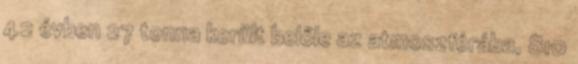
42 évben 27 tonna került belőle az atmoszférába, 810